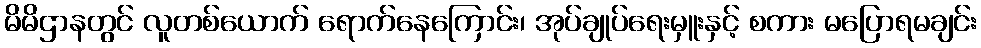
မိမိဌာနတွင် လူတစ်ယောက် ရောက်နေကြောင်း၊ အုပ်ချုပ်ရေးမှူးနှင့် စကား မပြောရမချင်း